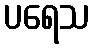
ပရေသ